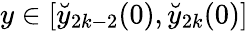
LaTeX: y\in[\breve{y}_{2k-2}(0),\breve{y}_{2k}(0)]